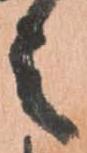
之